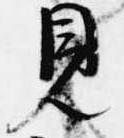
見